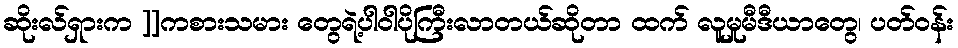
ဆိုးလ်ရှားက ]]ကစားသမား တွေရဲ့ပါဝါပိုကြီးလာတယ်ဆိုတာ ထက် လူမှုမီဒီယာတွေ၊ ပတ်ဝန်း